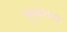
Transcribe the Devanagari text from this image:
मुक्तशब्द